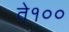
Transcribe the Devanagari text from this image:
ते१००